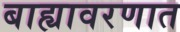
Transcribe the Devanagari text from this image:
बाह्यावरणात